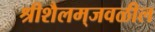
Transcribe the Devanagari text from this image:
श्रीशैलम्‌जवळील